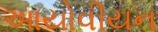
આયોવીયન